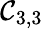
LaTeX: \mathcal{C}_{3,3}